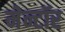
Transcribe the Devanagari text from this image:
मेन्टॉर